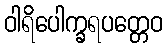
ဝါရိပေါက္ခရပတ္တေဝ